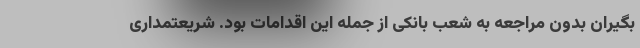
بگیران بدون مراجعه به شعب بانکی از جمله این اقدامات بود. شریعتمداری